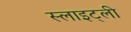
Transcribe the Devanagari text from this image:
स्लाइट्ली